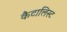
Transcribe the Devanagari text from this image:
कैटालिस्ट